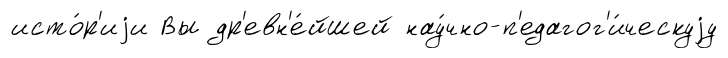
исто́р'иjи Вы др'евн'е́йшей нау́чно-п'едагог'и́ческуjу